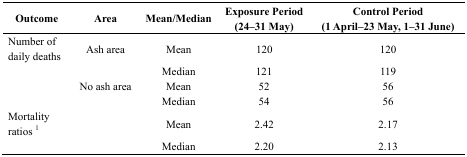
<table><thead><tr><td><b>Outcome</b></td><td><b>Area</b></td><td><b>Mean/Median</b></td><td><b>Exposure Period (24–31 May)</b></td><td><b>Control Period (1 April–23 May, 1–31 June)</b></td></tr></thead><tbody><tr><td>Number of daily deaths</td><td>Ash area</td><td>Mean</td><td>120</td><td>120</td></tr><tr><td></td><td></td><td>Median</td><td>121</td><td>119</td></tr><tr><td></td><td>No ash area</td><td>Mean</td><td>52</td><td>56</td></tr><tr><td></td><td></td><td>Median</td><td>54</td><td>56</td></tr><tr><td>Mortality ratios <sup>1</sup></td><td></td><td>Mean</td><td>2.42</td><td>2.17</td></tr><tr><td></td><td></td><td>Median</td><td>2.20</td><td>2.13</td></tr></tbody></table>